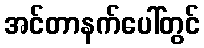
အင်တာနက်ပေါ်တွင်